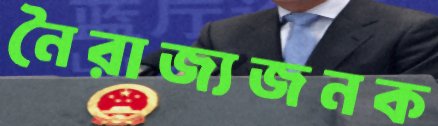
নৈরাজ্যজনক